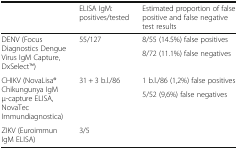
<table><thead><tr><td></td><td><b>ELISA IgM: positives/tested</b></td><td><b>Estimated proportion of false positive and false negative test results</b></td></tr></thead><tbody><tr><td rowspan="2">DENV (Focus Diagnostics Dengue Virus IgM Capture, DxSelectTM)</td><td rowspan="2">55/127</td><td>8/55 (14.5%) false positives</td></tr><tr><td>8/72 (11.1%) false negatives</td></tr><tr><td rowspan="2">CHIKV (NovaLisa® Chikungunya IgM μ-capture ELISA, NovaTec Immundiagnostica)</td><td rowspan="2">31 + 3 b.l./86</td><td>1 b.l./86 (1,2%) false positives</td></tr><tr><td>5/52 (9,6%) false negatives</td></tr><tr><td>ZIKV (Euroimmun IgM ELISA)</td><td>3/5</td><td></td></tr></tbody></table>